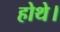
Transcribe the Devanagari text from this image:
होथे।